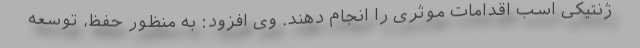
ژنتیکی اسب اقدامات موثری را انجام دهند. وی افزود: به منظور حفظ، توسعه